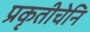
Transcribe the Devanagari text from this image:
प्रकृतीचेनि